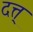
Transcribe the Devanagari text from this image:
दत्त्